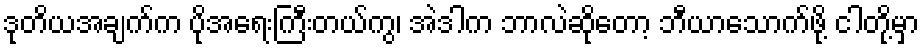
ဒုတိယအချက်က ပိုအရေးကြီးတယ်ကွ၊ အဲဒါက ဘာလဲဆိုတော့ ဘီယာသောက်ဖို့ ငါတို့မှာ